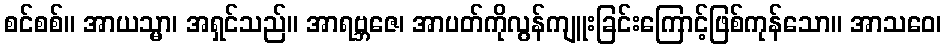
စင်စစ်။ အာယသ္မာ၊ အရှင်သည်။ အာရဗ္ဘဇေ၊ အာပတ်ကိုလွန်ကျူးခြင်းကြောင့်ဖြစ်ကုန်သော။ အာသဝေ၊